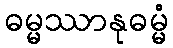
ဓမ္မဿာနုဓမ္မံ